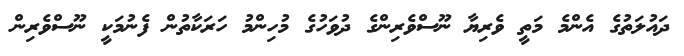
ދައުލަތުގެ އެންމެ މަތީ ވެރިޔާ ނޫސްވެރިންގެ ދުވަހުގެ މުހިންމު ހަރަކާތުން ފެނުމަކީ ނޫސްވެރިން